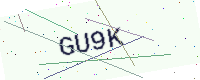
Text: GU9K